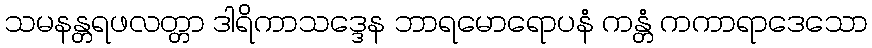
သမနန္တရဖလတ္တာ ဒါရိကာသဒ္ဒေန ဘာရမောရောပနံ ကန္တံ ကကာရာဒေသော